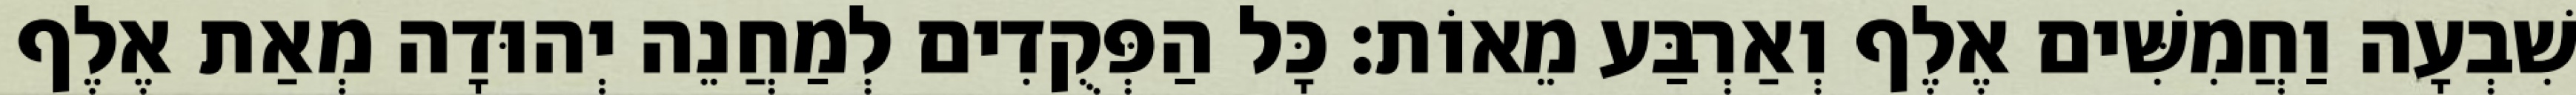
שִׁבְעָה וַחֲמִשִּׁים אֶלֶף וְאַרְבַּע מֵאוֹת׃ כָּל הַפְּקֻדִים לְמַחֲנֵה יְהוּדָה מְאַת אֶלֶף